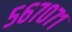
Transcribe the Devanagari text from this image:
५६७०७१